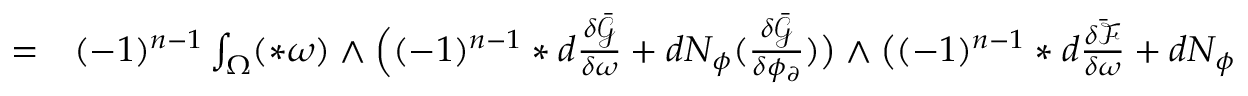
\begin{array} { r l } { = } & { { } ( - 1 ) ^ { n - 1 } \int _ { \Omega } ( \ast \omega ) \wedge \Big ( ( - 1 ) ^ { n - 1 } \ast d \frac { \delta \bar { \mathcal { G } } } { \delta \omega } + d N _ { \phi } ( \frac { \delta \bar { \mathcal { G } } } { \delta \phi _ { \partial } } ) \big ) \wedge \big ( ( - 1 ) ^ { n - 1 } \ast d \frac { \delta \bar { \mathcal { F } } } { \delta \omega } + d N _ { \phi } ( \frac { \delta \bar { \mathcal { F } } } { \delta \phi _ { \partial } } ) \Big ) } \end{array}